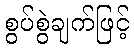
စွပ်စွဲချက်ဖြင့်